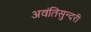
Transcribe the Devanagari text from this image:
अवंतिसुन्दरी